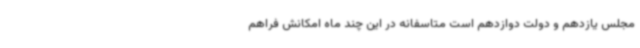
مجلس یازدهم و دولت دوازدهم است متاسفانه در این چند ماه امکانش فراهم